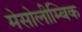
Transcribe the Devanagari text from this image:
मेसोलीम्बिक